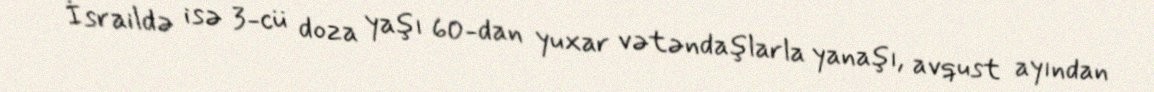
İsraildə isə 3-cü doza yaşı 60-dan yuxar vətəndaşlarla yanaşı, avqust ayından